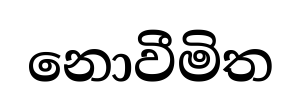
නොවීමිත